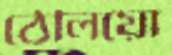
ঠেলিয়ো